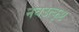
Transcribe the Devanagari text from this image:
नवउत्कृष्ट